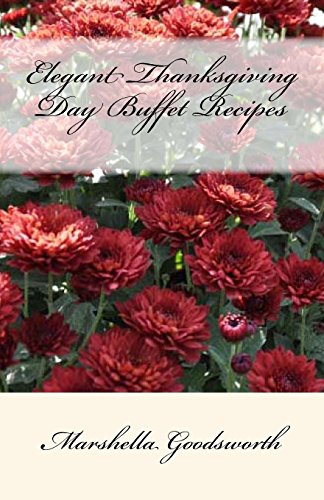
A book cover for Elegant Thanksgiving Day Buffet Recipes; Marshella Goodsworth; Cookbooks, Food & Wine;